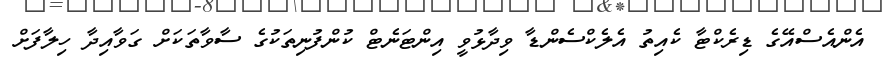
އެންއެސްއޭގެ ޑިރެކްޓާ ކެއިތު އެލެކްސެންޑާ ވިދާޅުވީ އިންޓަނެޓް ކުންފުނިތަކުގެ ސާވާތަކަށް ގަވާއިދާ ހިލާފަށް